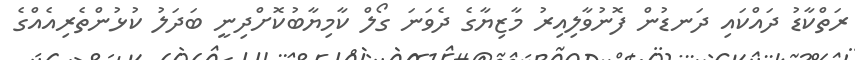
ރަތްކާޑު ދައްކައި ދަނޑުން ފޮނުވާލިއިރު މާޒިޔާގެ ދެވަނަ ގޯލް ކާމިޔާބުކޮށްދިނީ ބަދަލު ކުޅުންތެރިއެއްގެ